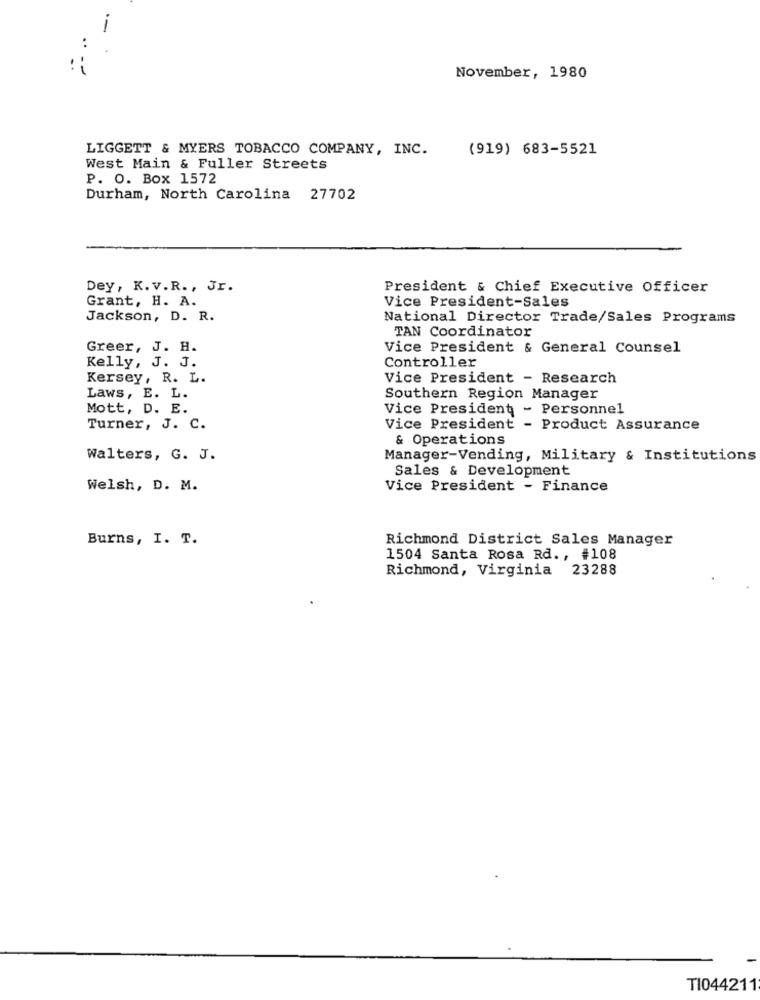
November, 1980
LIGGETT & MYERS TOBACCO COMPANY, INC.
(919) 683-5521
West Main & Fuller Streets
P. O. Box 1572
Durham, North Carolina 27702
Dey, K.v.R ., Jr.
President & Chief Executive Officer
Grant, H. A.
Vice President-Sales
Jackson, D. R.
National Director Trade/Sales Programs
TAN Coordinator
Greer, J. H.
Vice President & General Counsel
Controller
Kelly, J. J.
Kersey, R. L.
Vice President - Research
Laws, E. L.
Southern Region Manager
Mott, D. E.
Vice President - Personnel
Turner, J. C.
Vice President - Product Assurance
& Operations
Walters, G. J.
Manager-Vending, Military & Institutions
Sales & Development
Welsh, D. M.
Vice President - Finance
Burns, I. T.
Richmond District Sales Manager
1504 Santa Rosa Rd ., #108
Richmond, Virginia 23288
TI044211